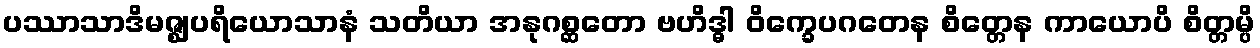
ပဿာသာဒိမဇ္ဈပရိယောသာနံ သတိယာ အနုဂစ္ဆတော ဗဟိဒ္ဓါ ဝိက္ခေပဂတေန စိတ္တေန ကာယောပိ စိတ္တမ္ပိ